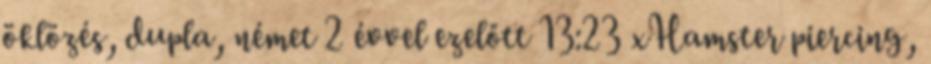
öklözés, dupla, német 2 évvel ezelőtt 13:23 xHamster piercing,